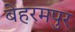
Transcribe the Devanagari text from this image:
बेहरमपुर